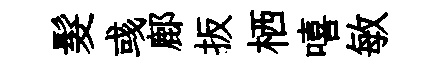
髮彧鄜扳栖嘻敏